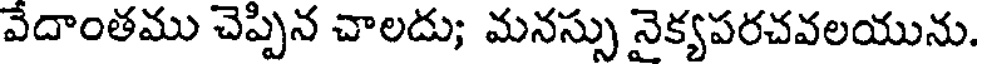
వేదాంతము చెప్పిన చాలదు; మనస్సు నైక్యపరచవలయును.